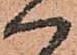
ハ